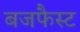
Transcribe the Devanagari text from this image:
बजफैस्ट